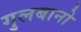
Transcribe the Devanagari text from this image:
गुलबानो